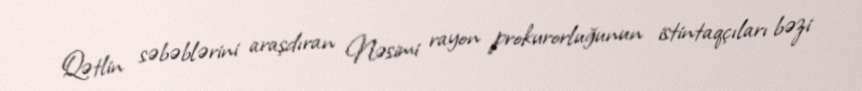
Qətlin səbəblərini araşdıran Nəsimi rayon prokurorluğunun istintaqçıları bəzi